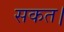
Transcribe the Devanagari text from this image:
सकत।